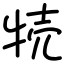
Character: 㸿